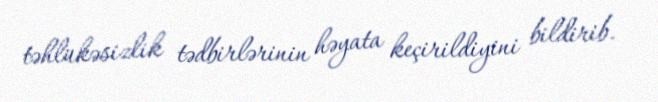
təhlükəsizlik tədbirlərinin həyata keçirildiyini bildirib.